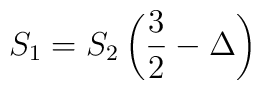
S_{1}=S_{2}\left( \frac{3}{2}-\Delta \right)